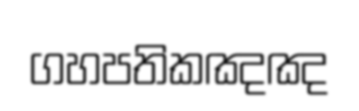
ගහපතිකඤඤ